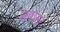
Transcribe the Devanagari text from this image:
सुवास्तु